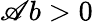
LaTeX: \mathscr{A}b>0